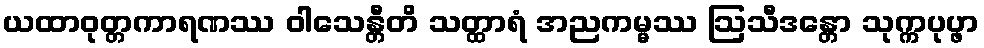
ယထာဝုတ္တကာရဏဿ ဝါသေန္တီတိ သတ္ထာရံ အညကမ္မဿ ဩသီဒန္တော သုက္ကပုပ္ဖာ